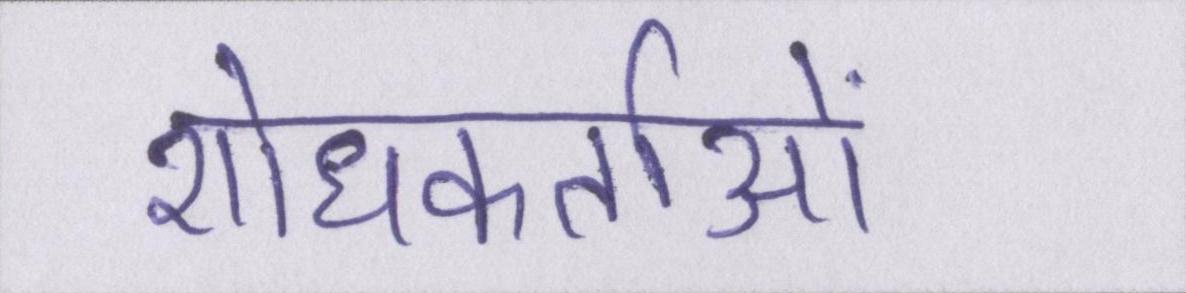
शोधकर्ताओं